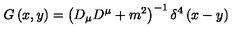
G \left( x , y \right) = \left( D _ { \mu } D ^ { \mu } + m ^ { 2 } \right) ^ { - 1 } \delta ^ { 4 } \left( x - y \right)